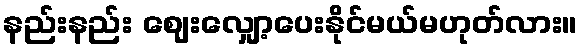
နည်းနည်း ဈေးလျှော့ပေးနိုင်မယ်မဟုတ်လား။